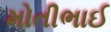
મોતીભાઈ